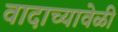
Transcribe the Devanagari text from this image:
वादाच्यावेळी